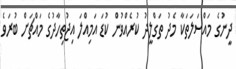
ދީނުގެ މައްސަލަތަކާ މެދު ތަގްލީދު ކުރެއްވުން ކުޑަ އަމިއްލަ އިޖުތިހާދުގެ މައްޗަށް ބުރަވެ